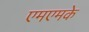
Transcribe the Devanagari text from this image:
एमएमके